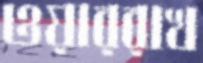
ওয়াররাখ